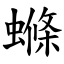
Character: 螩